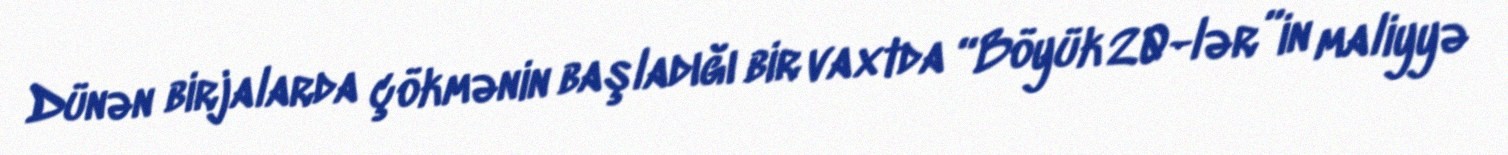
Dünən birjalarda çökmənin başladığı bir vaxtda “Böyük 20-lər”in maliyyə